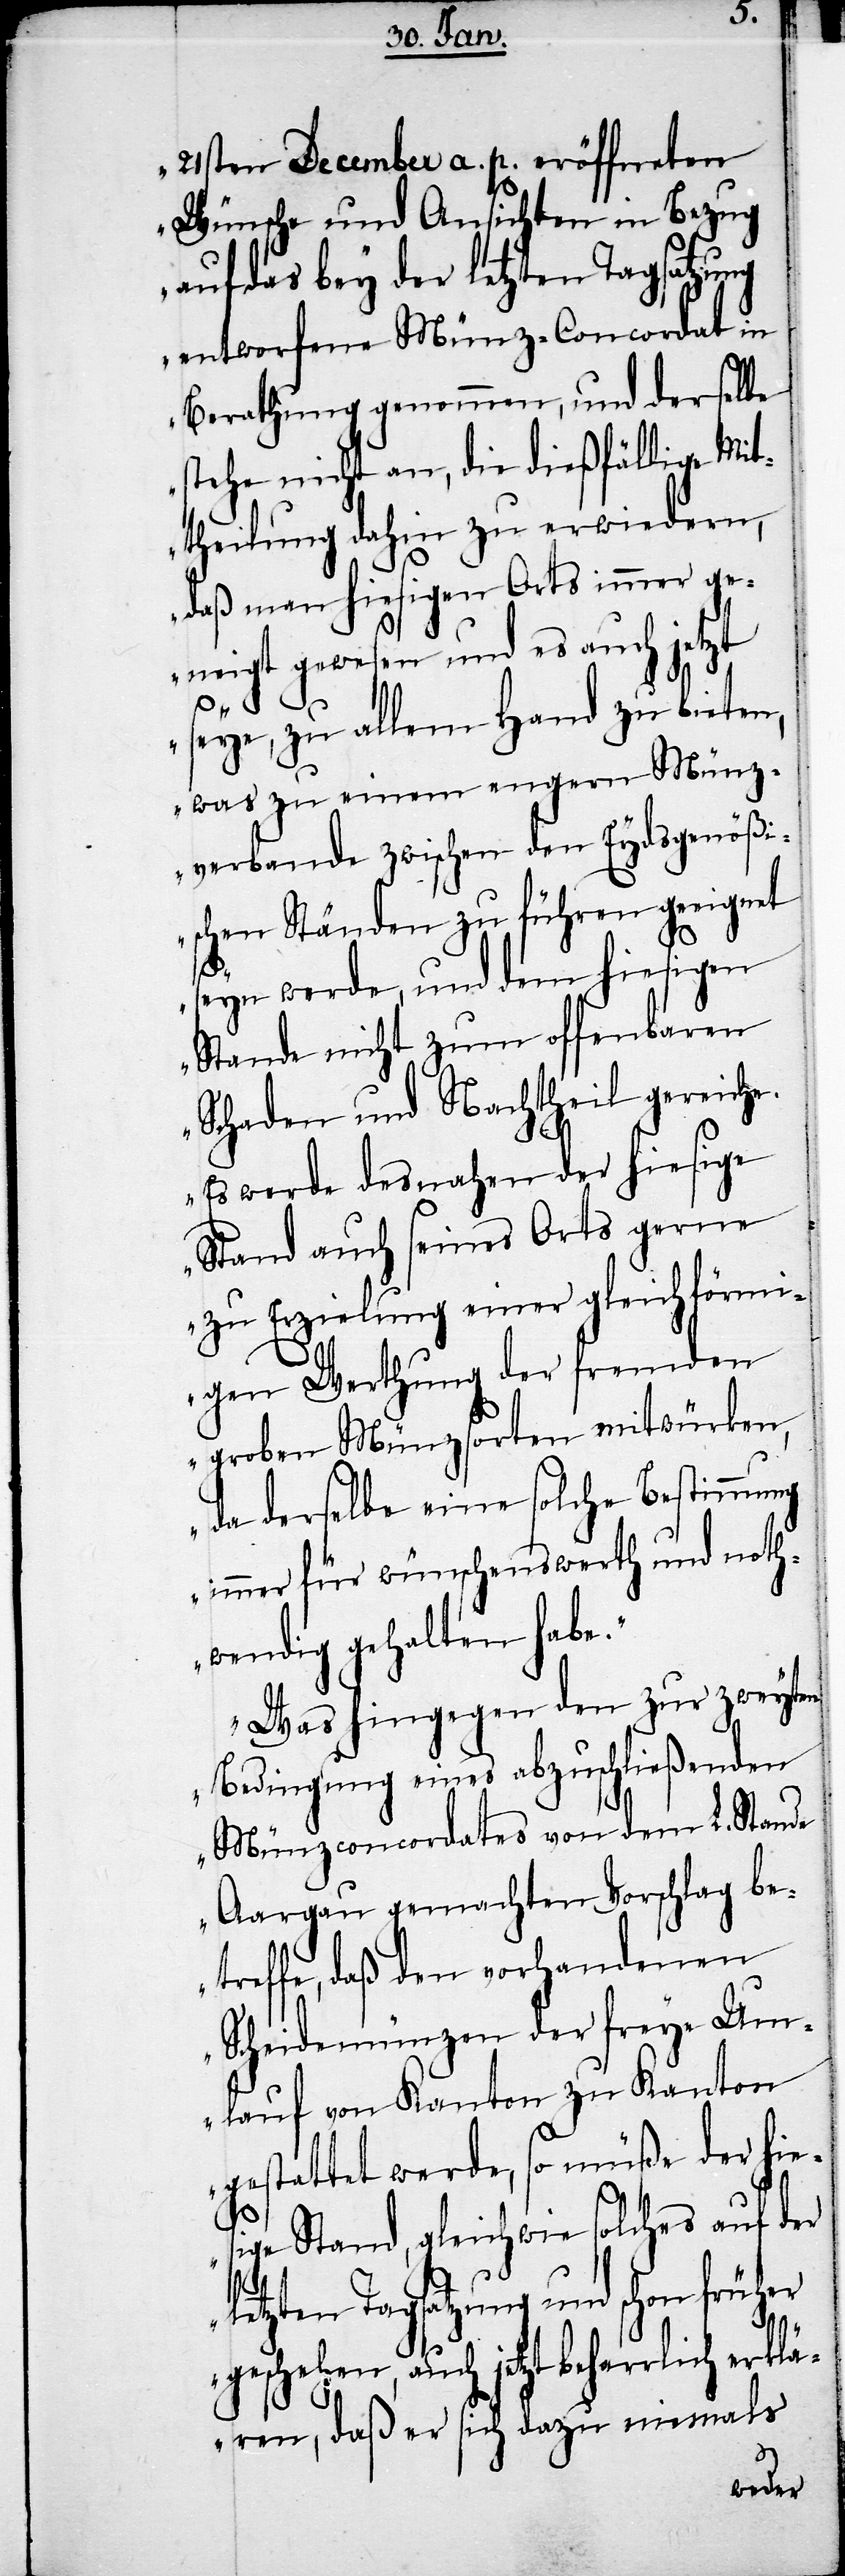
21sten December a. p. eröffneten
Wünsche und Ansichten in Bezug
auf das bey der letzten Tagsatzung
entworfene Münz-Concordat in
Berathung genommen, und derselbe
stehe nicht an, die dießfällige Mit¬
theilung dahin zu erwiedern,
daß man hiesigen Orts immer ge¬
neigt gewesen und es auch jetzt
seye, zu allem Hand zu bieten,
was zu einem engern Münz¬
verbande zwischen den Eydsgenößi¬
schen Ständen zu führen geeignet
seyn werde, und dem hiesigen
Stande nicht zum offenbaren
Schaden und Nachtheil gereiche.
Es werde des nahen der hiesige
Stand auch seines Orts gerne
zu Erzielung einer gleichförmi¬
gen Werthung der fremden
groben Münzsorten mitwürken,
da derselbe eine solche Bestimmung
immer für wünschenswerth und noth¬
wendig gehalten habe.
Was hingegen den zur zweyten
Bedingung eines abzuschließenden
Münzconcordates von dem L. Stande
Aargau gemachten Vorschlag be¬
treffe, daß den vorhandenen
Scheidemünzen der freye Um¬
lauf von Kanton zu Kanton
gestattet werde, so müße der hie¬
sige Stand, gleichwie solches auf der
letzten Tagsatzung und schon früher
geschehen, auch jetzt beharrlich erklä¬
ren, daß er sich dazu niemals